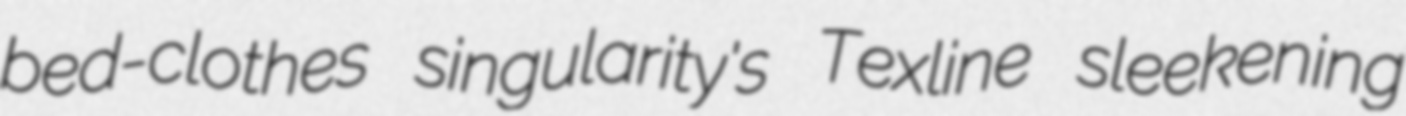
bed-clothes singularity's Texline sleekening